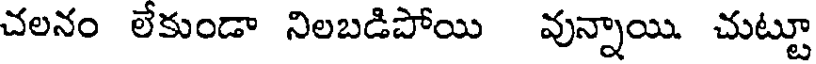
చలనం లేకుండా నిలబడిపోయి వున్నాయి. చుట్టూ